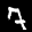
Label: 7